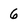
Character: 6